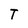
Character: T